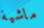
ماشية